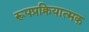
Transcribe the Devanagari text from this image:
रूपप्रक्रियात्मक